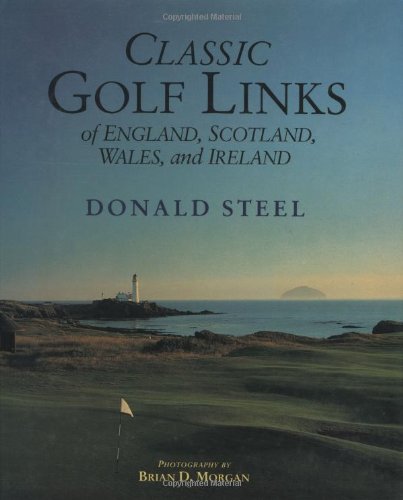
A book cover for Classic Golf Links of England, Scotland, Wales, And Ireland; Donald Steele; Travel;